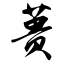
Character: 蒉